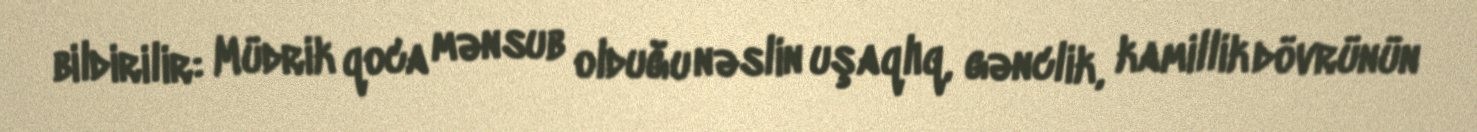
bildirilir: Müdrik qoca mənsub olduğu nəslin uşaqlıq, gənclik, kamillik dövrünün